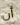
أن